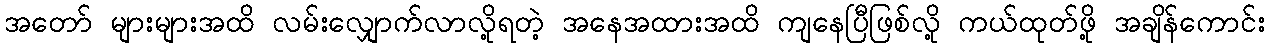
အတော် များများအထိ လမ်းလျှောက်လာလို့ရတဲ့ အနေအထားအထိ ကျနေပြီဖြစ်လို့ ကယ်ထုတ်ဖို့ အချိန်ကောင်း